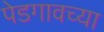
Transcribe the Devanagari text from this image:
पेडगावच्या